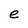
Character: e